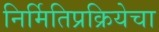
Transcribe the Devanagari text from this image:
निर्मितिप्रक्रियेचा